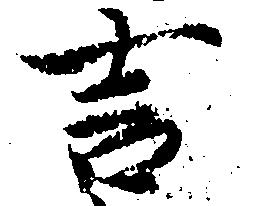
言